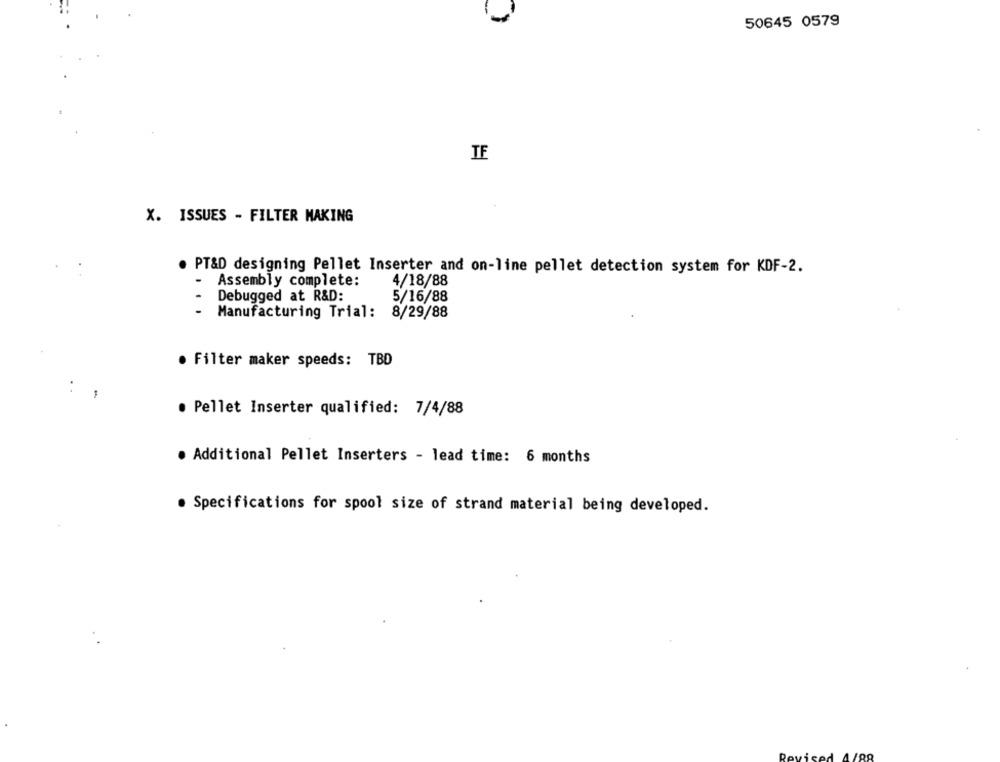
50645 0579
TE
X. ISSUES - FILTER MAKING
. PT&D designing Pellet Inserter and on-line pellet detection system for KDF-2.
4/18/88
- Assembly complete:
Debugged at R&D:
5/16/88
Manufacturing Trial: 8/29/88
· Filter maker speeds: TBD
. Pellet Inserter qualified: 7/4/88
. Additional Pellet Inserters - lead time: 6 months
. Specifications for spool size of strand material being developed.